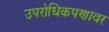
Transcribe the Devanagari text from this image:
उपरोधिकपणावर